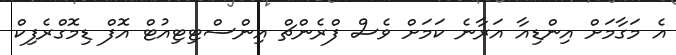
އެ މަގާމަށް އިންޑިއާ އަރާނެ ކަމަށް ވެސް ފްރެންޗް އިންސްޓިޓިއުޓް އޮފް ޑިމޮގްރެފިކް